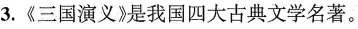
3.《三国演义》是我国四大古典文学名著。